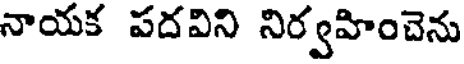
నాయక పదవిని నిర్వహించెను